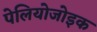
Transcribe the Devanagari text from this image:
पेलियोजोइक